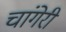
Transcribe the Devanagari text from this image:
चांगेरी